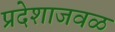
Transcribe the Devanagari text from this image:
प्रदेशाजवळ